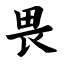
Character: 畏